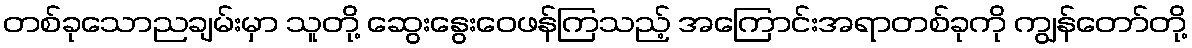
တစ်ခုသောညချမ်းမှာ သူတို့ ဆွေးနွေးဝေဖန်ကြသည့် အကြောင်းအရာတစ်ခုကို ကျွန်တော်တို့